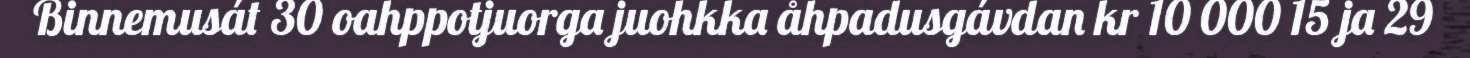
Binnemusát 30 oahppotjuorga juohkka åhpadusgávdan kr 10 000 15 ja 29